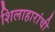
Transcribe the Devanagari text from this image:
शिलाहारांची